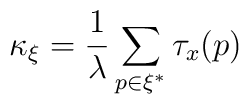
\kappa _{\xi }=\frac{1}{\lambda }\sum _{p\in \xi ^{*}}\tau _{x}(p)